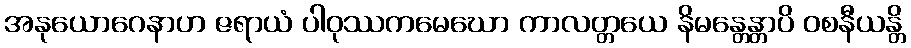
အနုယောဂေနာဟ ဇရာယံ ပါဝုဿကမေဃော ကာလတ္တယေ နိမန္တေန္တာပိ ဝစနီယန္တိ